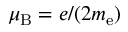
\mu _ { \mathrm { B } } = e / ( 2 m _ { \mathrm { e } } )